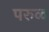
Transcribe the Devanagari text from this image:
परुळ